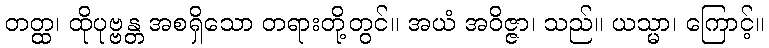
တတ္ထ၊ ထိုပုဗ္ဗန္တ အစရှိသော တရားတို့တွင်။ အယံ အဝိဇ္ဇာ၊ သည်။ ယသ္မာ၊ ကြောင့်။